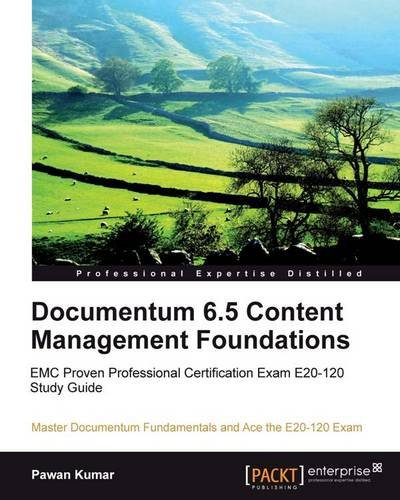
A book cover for Documentum 6.5 Content Management Foundations; Pawan Kumar; Computers & Technology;